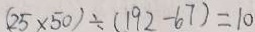
( 2 5 \times 5 0 ) \div ( 1 9 2 - 6 7 ) = 1 0